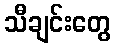
သီချင်းတွေ